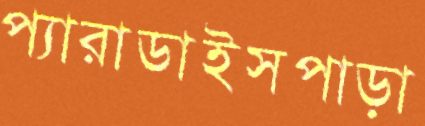
প্যারাডাইসপাড়া